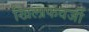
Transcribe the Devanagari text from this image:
खिलाफवर्जी